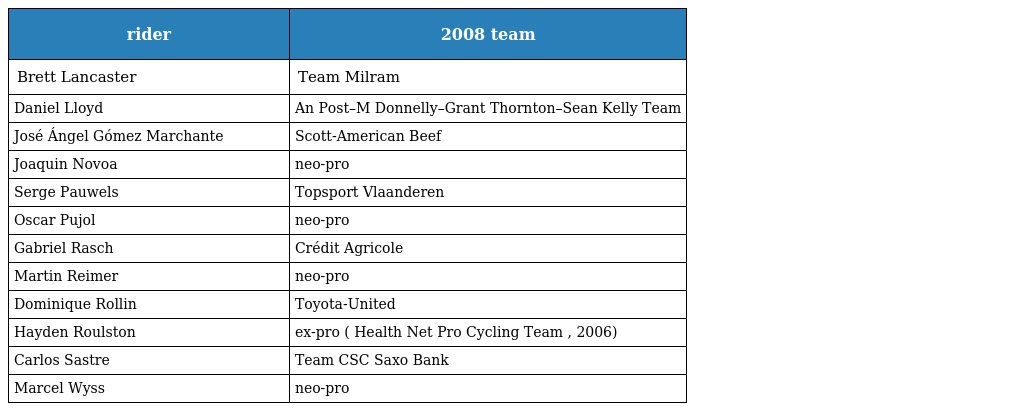
| rider | 2008 team |
 | --- | --- |
 | Brett Lancaster | Team Milram |
 | Daniel Lloyd | An Post–M Donnelly–Grant Thornton–Sean Kelly Team |
 | José Ángel Gómez Marchante | Scott-American Beef |
 | Joaquin Novoa | neo-pro |
 | Serge Pauwels | Topsport Vlaanderen |
 | Oscar Pujol | neo-pro |
 | Gabriel Rasch | Crédit Agricole |
 | Martin Reimer | neo-pro |
 | Dominique Rollin | Toyota-United |
 | Hayden Roulston | ex-pro ( Health Net Pro Cycling Team , 2006) |
 | Carlos Sastre | Team CSC Saxo Bank |
 | Marcel Wyss | neo-pro |